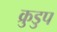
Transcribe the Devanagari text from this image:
क्रुडुप